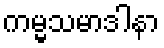
ကမ္မသမာဒါနာ